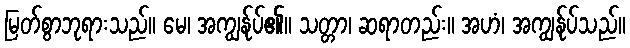
မြတ်စွာဘုရားသည်။ မေ၊ အကျွန်ုပ်၏။ သတ္တာ၊ ဆရာတည်း။ အဟံ၊ အကျွန်ုပ်သည်။